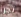
تجرأ